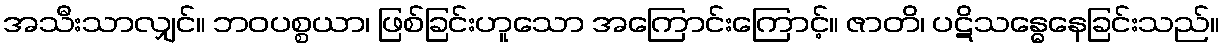
အသီးသာလျှင်။ ဘဝပစ္စယာ၊ ဖြစ်ခြင်းဟူသော အကြောင်းကြောင့်။ ဇာတိ၊ ပဋိသန္ဓေနေခြင်းသည်။